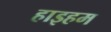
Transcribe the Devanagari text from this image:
हाइहम